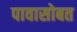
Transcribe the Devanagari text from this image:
पावासोबत